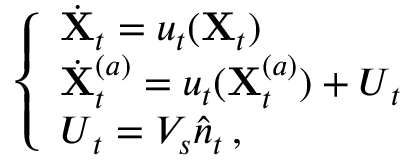
\left\{ \begin{array} { l l } { \dot { \mathbf X } _ { t } = { \boldsymbol u } _ { t } ( { \mathbf X } _ { t } ) } \\ { \dot { \mathbf X } _ { t } ^ { ( a ) } = { \boldsymbol u } _ { t } ( { \mathbf X } _ { t } ^ { ( a ) } ) + { \boldsymbol U } _ { t } } \\ { { \boldsymbol U } _ { t } = V _ { s } \hat { { \boldsymbol n } } _ { t } \, , } \end{array} \right.